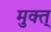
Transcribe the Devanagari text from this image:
मुक्त्